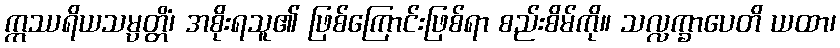
ဣဿရိယသမ္ပတ္တိံ၊ အစိုးရသူ၏ ဖြစ်ကြောင်းဖြစ်ရာ စည်းစိမ်ကို။ သလ္လက္ခာပေတိ ယထာ၊